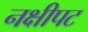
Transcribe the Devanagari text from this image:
नक्षीपट